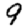
Digit: 9